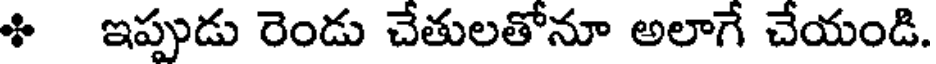
ి ఇప్పుడు రెండు చేతులతోనూ అలాగే చేయండి.